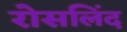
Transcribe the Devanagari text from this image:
रोसलिंद